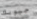
جيوبك